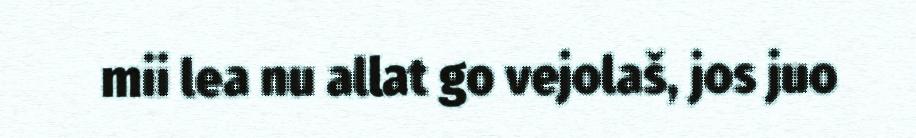
mii lea nu allat go vejolaš, jos juo